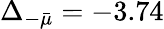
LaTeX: \Delta_{-\bar{\mu}}=-3.74